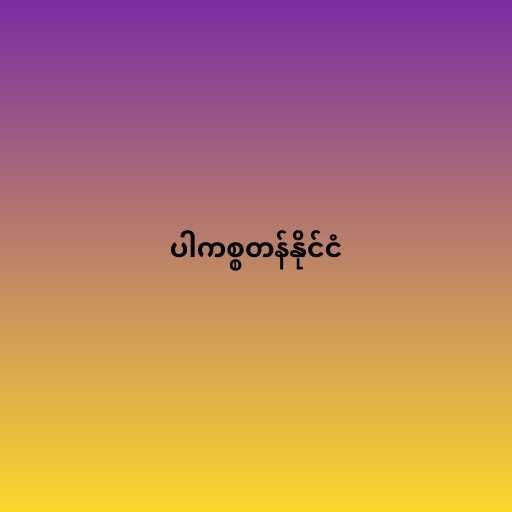
ပါကစ္စတန်နိုင်ငံ